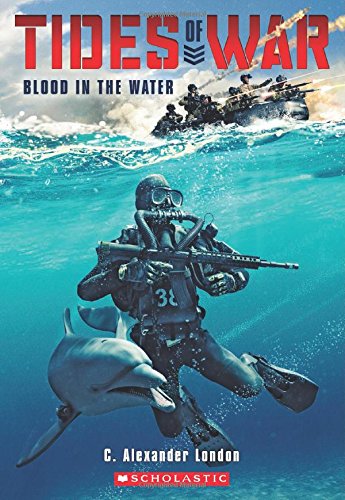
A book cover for Tides of War #1: Blood in the Water; C. Alexander London; Children's Books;